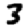
Digit: 3